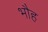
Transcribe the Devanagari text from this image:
भौह